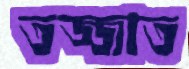
তজ্জাত